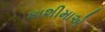
કાશીમાએ